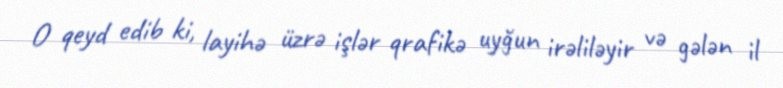
O qeyd edib ki, layihə üzrə işlər qrafikə uyğun irəliləyir və gələn il